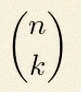
\binom{n}{k}